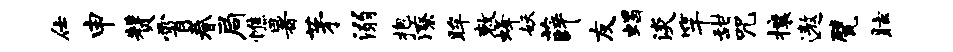
仕申赞霄眷局憔暑茅溺抱潦眸敕蜂妖薛友蝎淡竿甜咒攘遨甓眩